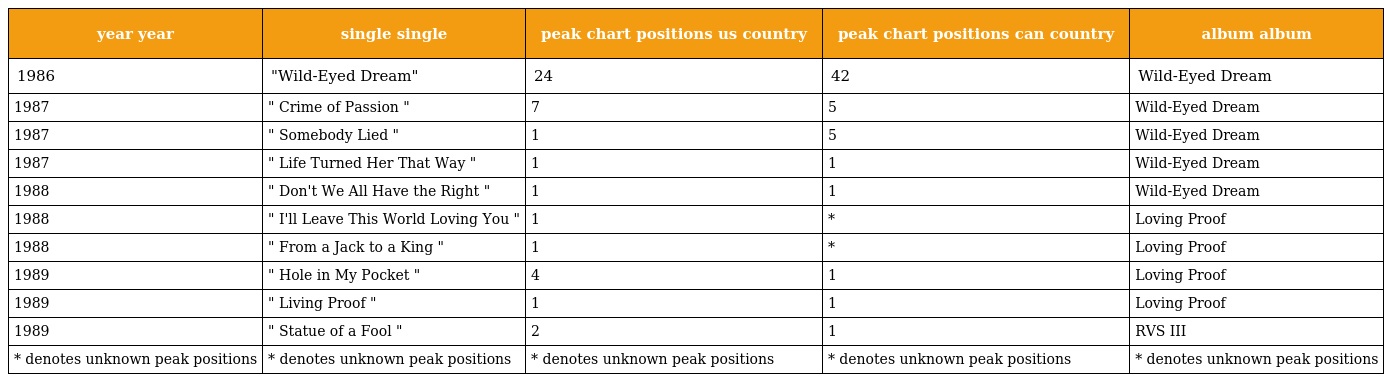
| year year | single single | peak chart positions us country | peak chart positions can country | album album |
 | --- | --- | --- | --- | --- |
 | 1986 | "Wild-Eyed Dream" | 24 | 42 | Wild-Eyed Dream |
 | 1987 | " Crime of Passion " | 7 | 5 | Wild-Eyed Dream |
 | 1987 | " Somebody Lied " | 1 | 5 | Wild-Eyed Dream |
 | 1987 | " Life Turned Her That Way " | 1 | 1 | Wild-Eyed Dream |
 | 1988 | " Don't We All Have the Right " | 1 | 1 | Wild-Eyed Dream |
 | 1988 | " I'll Leave This World Loving You " | 1 | * | Loving Proof |
 | 1988 | " From a Jack to a King " | 1 | * | Loving Proof |
 | 1989 | " Hole in My Pocket " | 4 | 1 | Loving Proof |
 | 1989 | " Living Proof " | 1 | 1 | Loving Proof |
 | 1989 | " Statue of a Fool " | 2 | 1 | RVS III |
 | * denotes unknown peak positions | * denotes unknown peak positions | * denotes unknown peak positions | * denotes unknown peak positions | * denotes unknown peak positions |